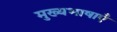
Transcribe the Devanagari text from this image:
मुख्यभाषाएँ